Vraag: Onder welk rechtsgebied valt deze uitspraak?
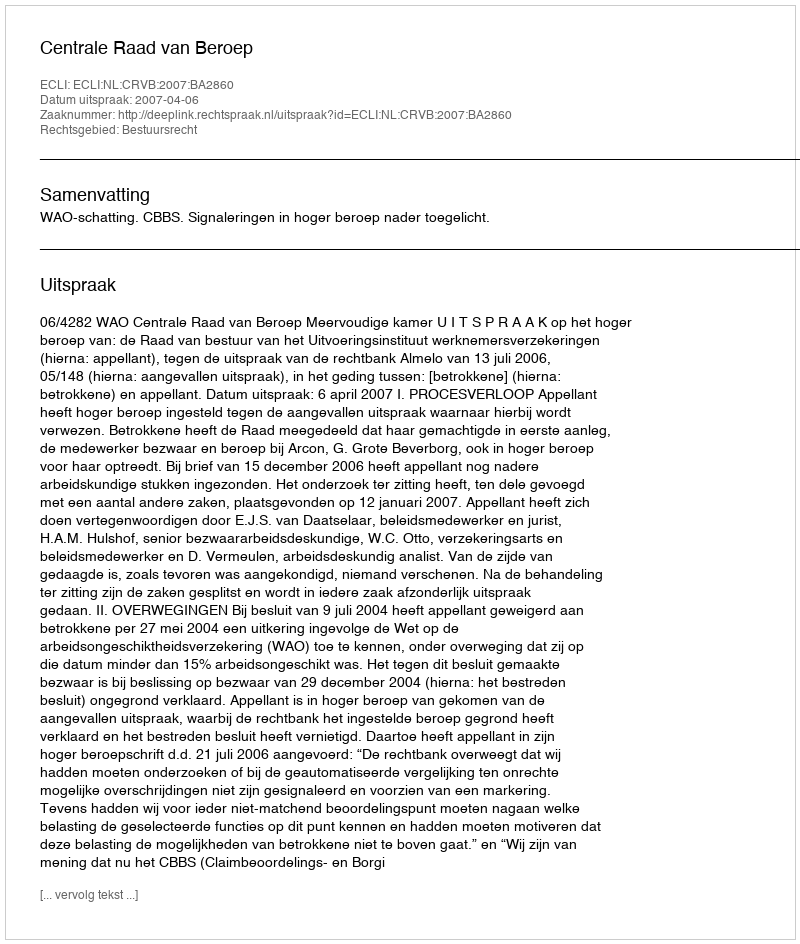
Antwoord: Bestuursrecht